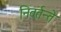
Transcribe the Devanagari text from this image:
निवर्तन्ते